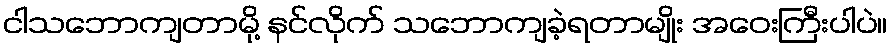
ငါသဘောကျတာမို့ နင်လိုက် သဘောကျခဲ့ရတာမျိုး အဝေးကြီးပါပဲ။